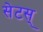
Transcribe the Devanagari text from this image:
सेटस्